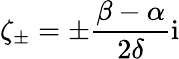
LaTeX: \zeta_{\pm}=\pm\frac{\beta-\alpha}{2\delta}\mathrm{i}